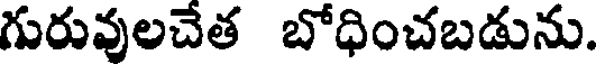
గురువులచేత బోధించబడును.